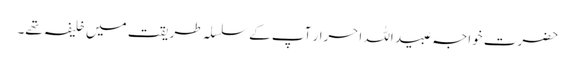
حضرت خواجہ عبید اللہ احرار آپ کے سلسلہ طریقت میں خلیفہ تھے۔